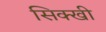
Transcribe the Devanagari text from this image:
सिक्खी